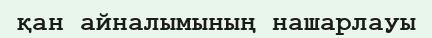
қан айналымының нашарлауы